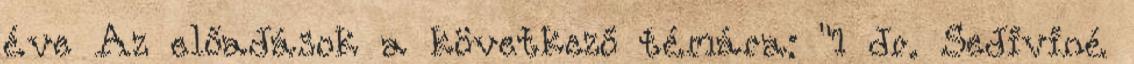
éve Az előadások a következő témára: "1 dr. Sediviné